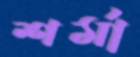
শর্মা